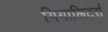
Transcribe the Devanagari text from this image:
गिगालिटर्स